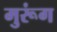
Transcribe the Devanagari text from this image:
मुरूंग